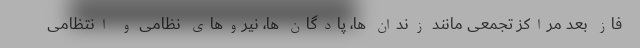
فاز بعد مراکز تجمعی مانند زندان ها، پادگان ها، نیروهای نظامی و انتظامی